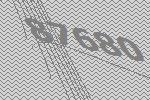
87680